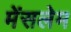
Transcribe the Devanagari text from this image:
मेंसलेम